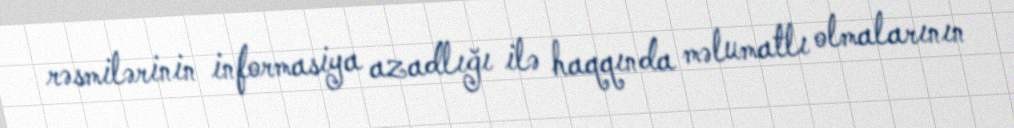
rəsmilərinin informasiya azadlığı ilə haqqında məlumatlı olmalarının